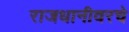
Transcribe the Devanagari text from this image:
राजधानीवरचे